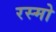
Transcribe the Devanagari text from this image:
रस्मो